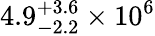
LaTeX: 4.9_{-2.2}^{+3.6}\times 10^{6}